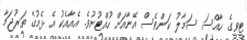
ޓީވީގެ ހާއްސަ ސަމާލު ކަންވެސް އޭނާއަށް ހުއްޓުނުވެ. އެއާއެކު އެ ޅެމުގެ ތަރުޖަމާ